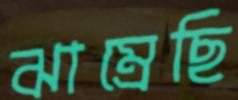
ঝাম্‌রেছি